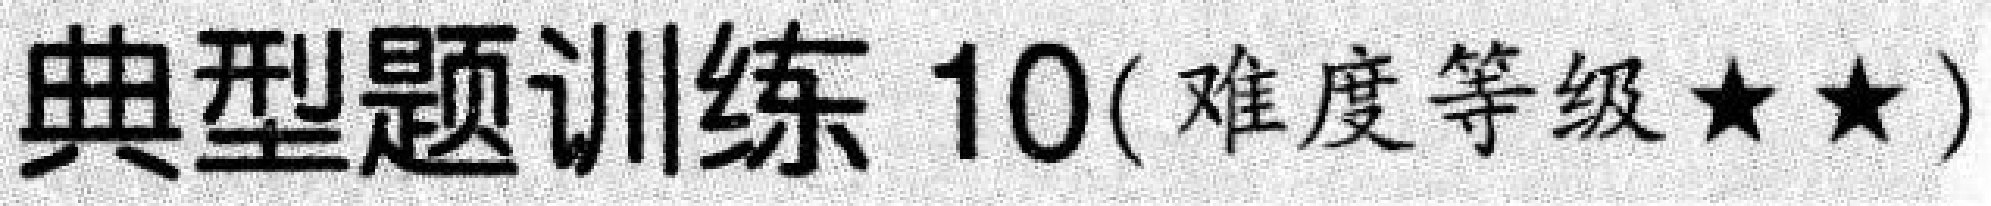
典型题训练 10(难度等级$\star\star$)